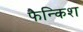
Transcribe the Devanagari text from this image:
फैन्किश